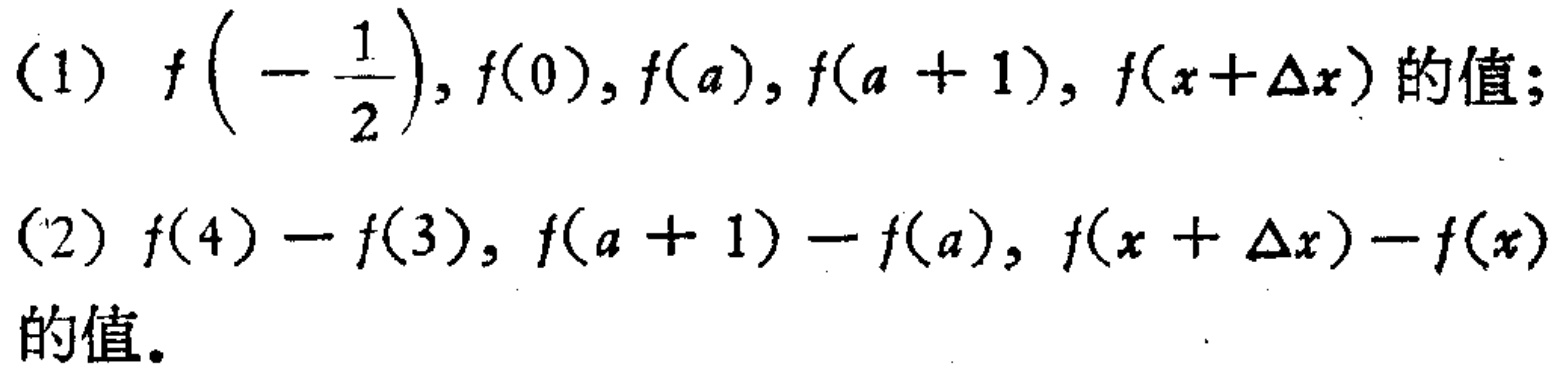
(1) \(f\left(-\frac{1}{2}\right),f(0),f(a),f(a + 1),f(x+\Delta x)\)的值；

(2) \(f(4)-f(3),f(a + 1)-f(a),f(x+\Delta x)-f(x)\)的值。